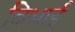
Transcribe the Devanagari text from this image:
बिभाई